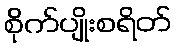
စိုက်ပျိုးစရိတ်